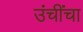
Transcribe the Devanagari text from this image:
उंचींचा